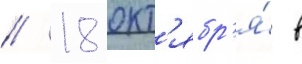
// 18 окт'ябр'я́ в